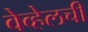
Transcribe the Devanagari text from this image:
वेव्हेलची